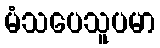
မံသပေသူပမာ